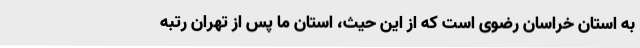
به استان خراسان رضوی است که از این حیث، استان ما پس از تهران رتبه